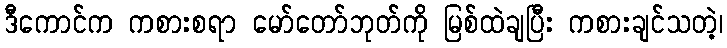
ဒီကောင်က ကစားစရာ မော်တော်ဘုတ်ကို မြစ်ထဲချပြီး ကစားချင်သတဲ့၊